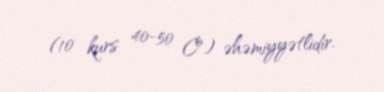
(10 kurs 40-50 Cº) əhəmiyyətlidir.